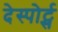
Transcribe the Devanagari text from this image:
देस्पोर्ट्स